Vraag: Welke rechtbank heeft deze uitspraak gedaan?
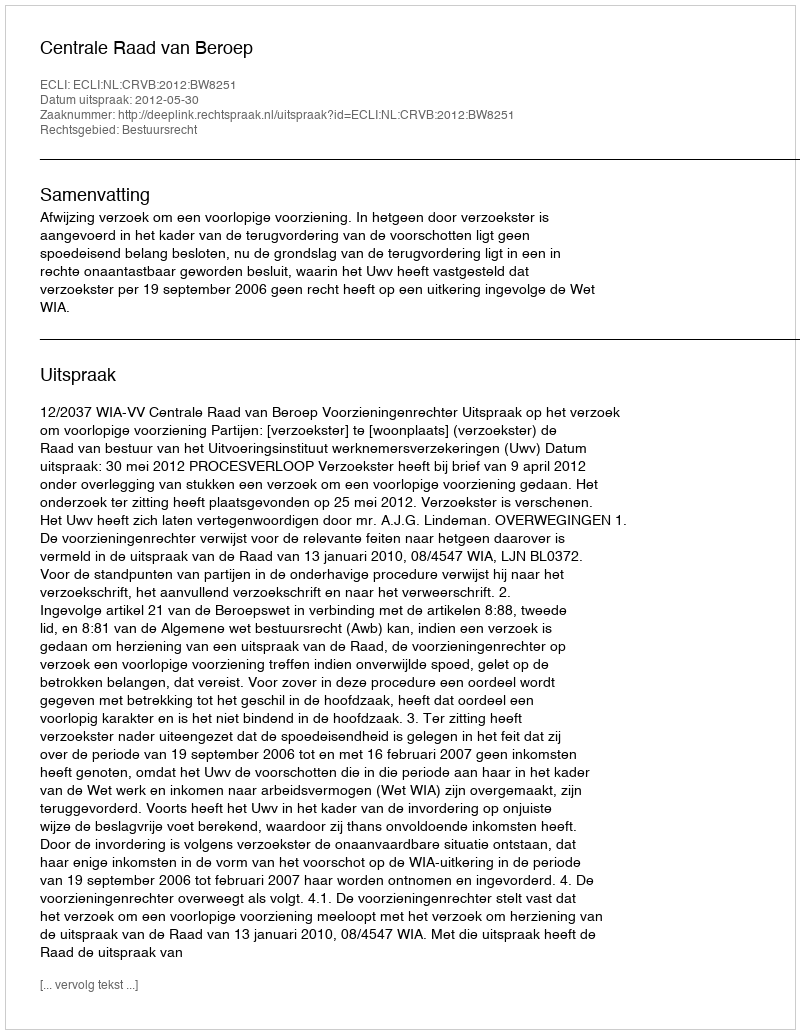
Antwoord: Centrale Raad van Beroep